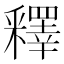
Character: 釋